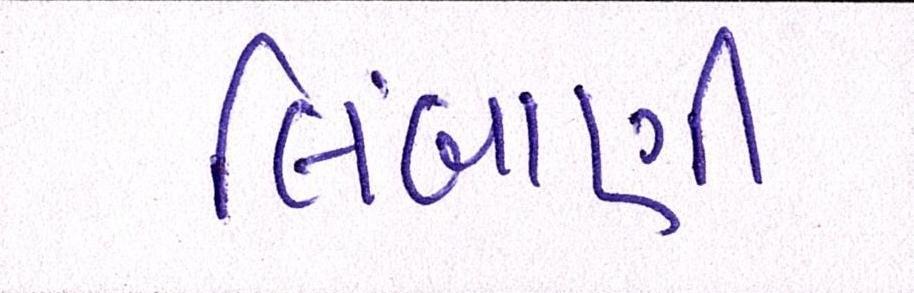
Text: લિંબાણી